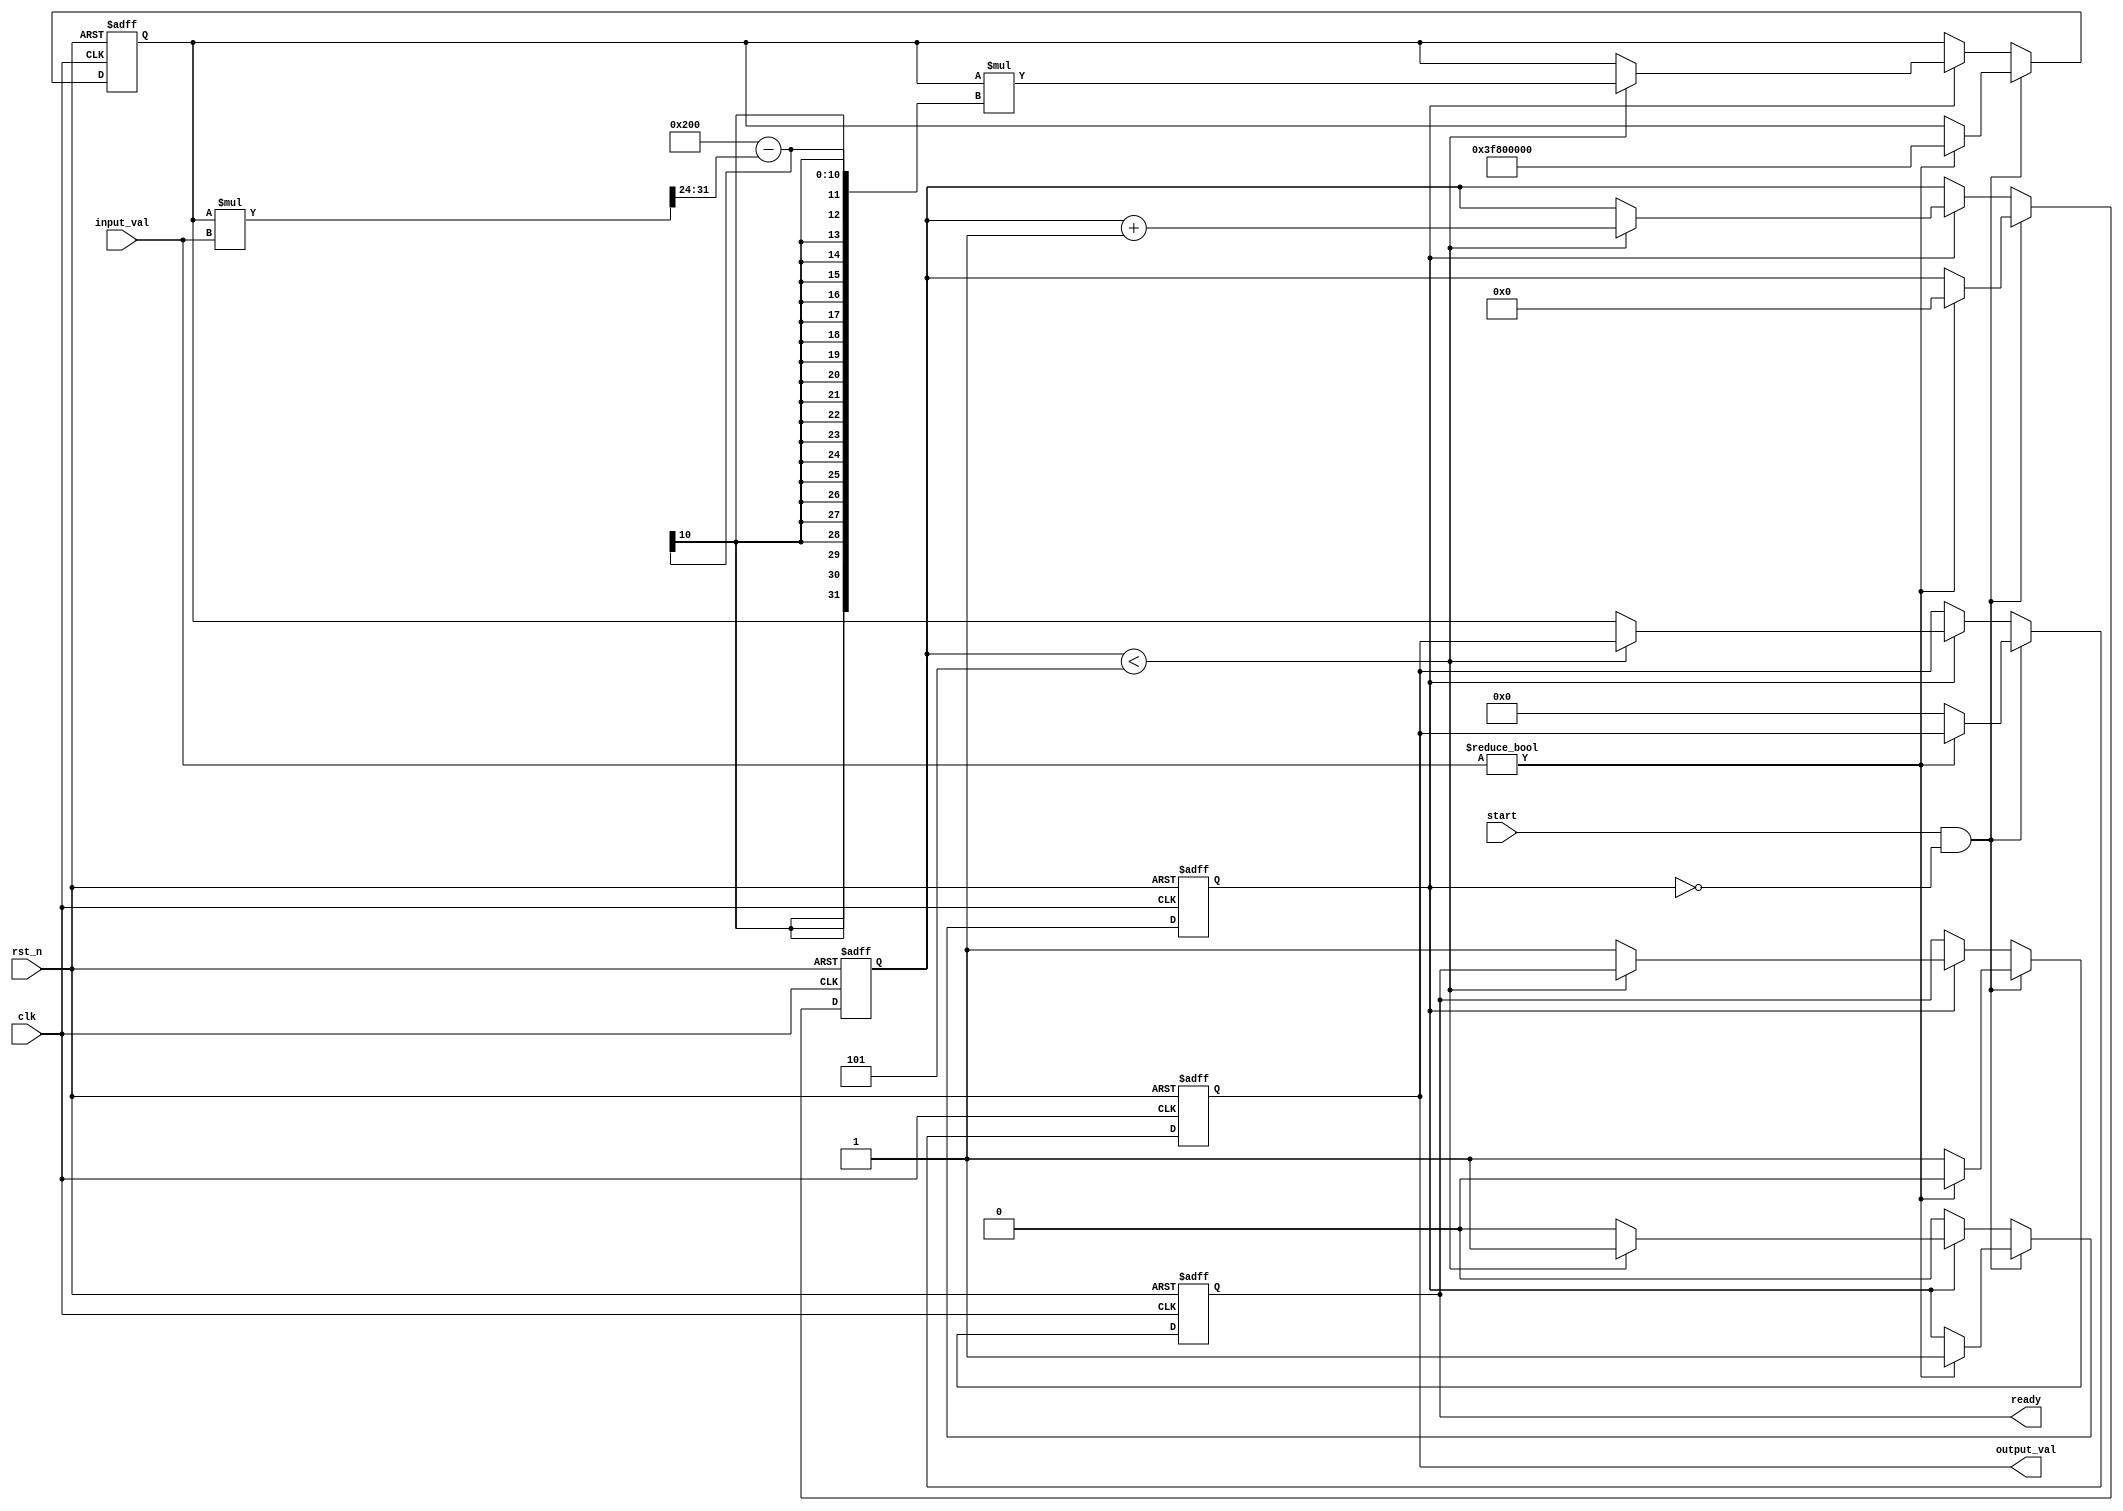
module DirectReciprocalUnit (
    input wire clk,                // Clock input
    input wire rst_n,              // Active-low reset
    input wire start,              // Signal to start computation
    input wire [31:0] input_val,   // 32-bit fixed-point input value
    output reg [31:0] output_val,  // 32-bit fixed-point output value (reciprocal)
    output reg ready               // Signal to indicate output is ready
);

    // Internal states
    reg [31:0] estimate;           // Current estimate of the reciprocal
    reg [4:0] iteration_count;      // Iteration counter
    reg computing;                  // Flag to indicate computation in progress

    // Constants
    localparam MAX_ITERATIONS = 5; // Maximum iterations for Newton-Raphson

    always @(posedge clk or negedge rst_n) begin
        if (!rst_n) begin
            // Reset state
            output_val <= 32'b0;
            ready <= 1'b0;
            estimate <= 32'b0;
            iteration_count <= 5'b0;
            computing <= 1'b0;
        end else begin
            if (start && !computing) begin
                // Start computation
                if (input_val != 32'b0) begin
                    // Initialize estimate: Using a rough estimate for 1/x
                    estimate <= 32'h3F800000; // Initial estimate for 1.0 (floating-point)
                    iteration_count <= 5'b0;
                    computing <= 1'b1;
                    ready <= 1'b0;
                end else begin
                    // Handle division by zero
                    output_val <= 32'b0; // Output zero for undefined reciprocal
                    ready <= 1'b1;
                end
            end else if (computing) begin
                // Perform Newton-Raphson iterations
                if (iteration_count < MAX_ITERATIONS) begin
                    // Newton-Raphson formula: x(n+1) = x(n) * (2 - x(n) * input)
                    estimate <= estimate * (32'b10_00000000 - (estimate * input_val >> 24)); // Shift to maintain precision
                    iteration_count <= iteration_count + 1;
                end else begin
                    // Finish computation
                    output_val <= estimate;
                    ready <= 1'b1;
                    computing <= 1'b0;
                end
            end
        end
    end
endmodule